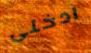
ادخلى